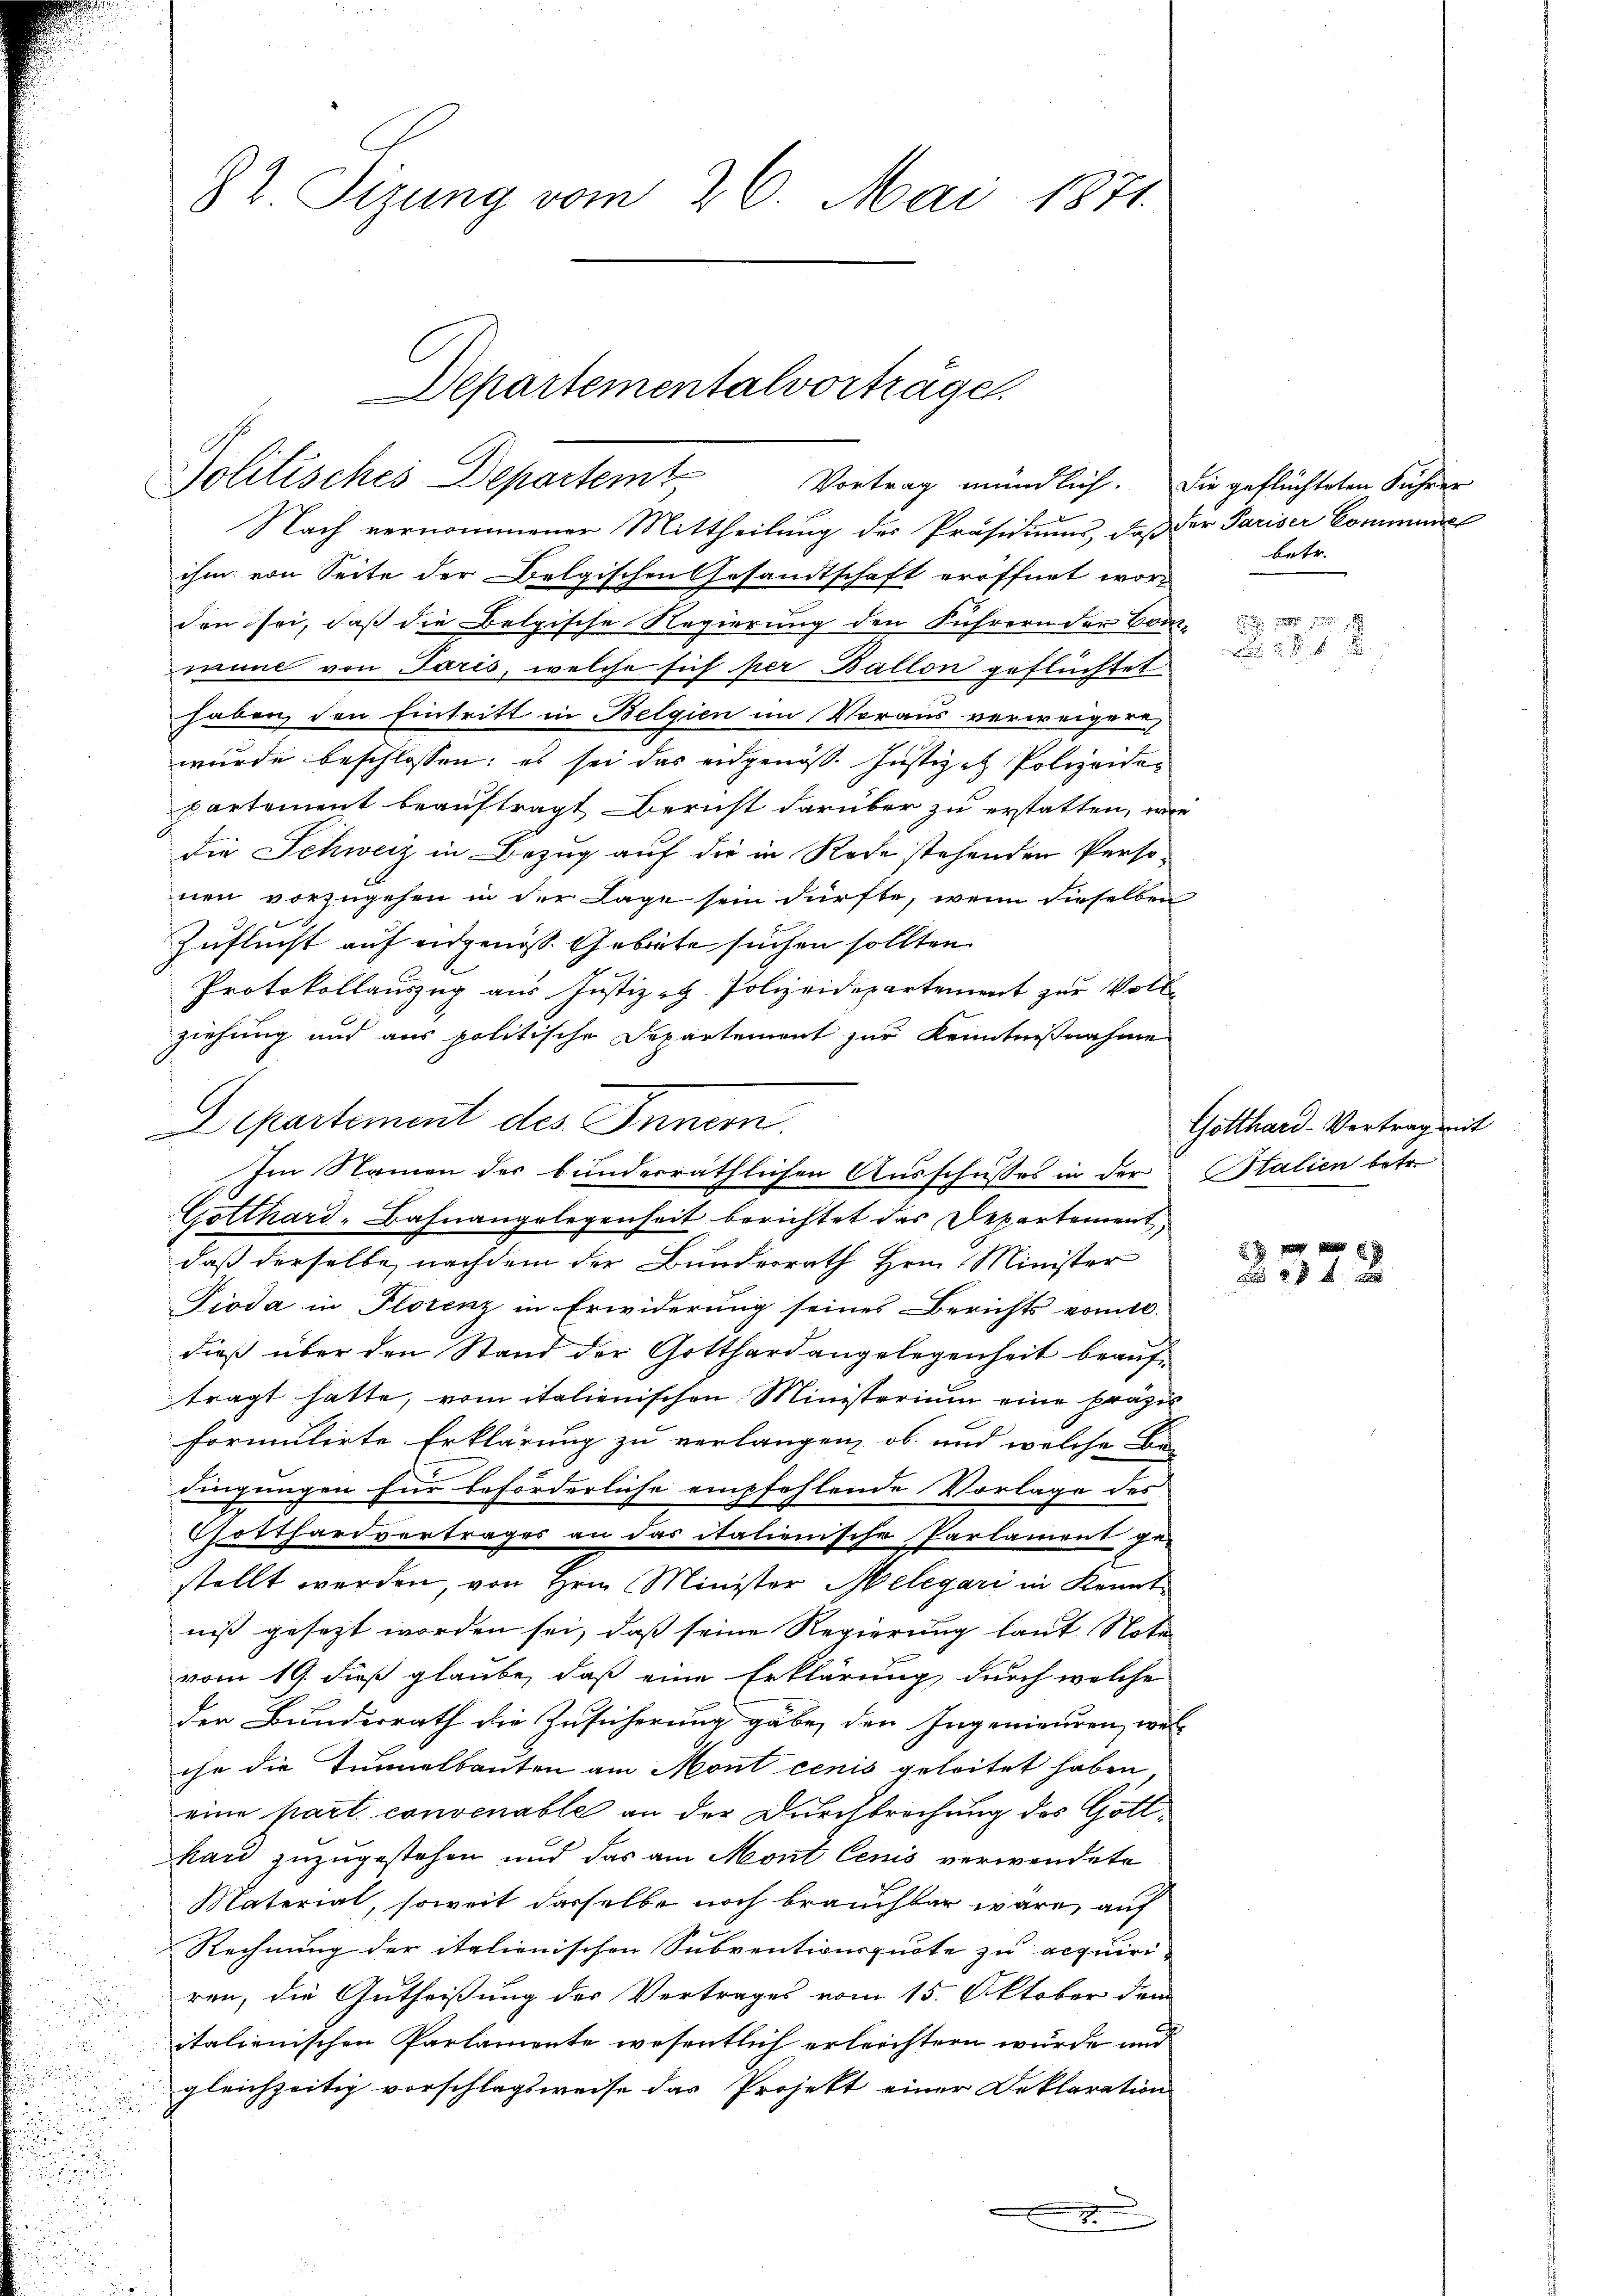
82. Sizung vom 26. Mai 1871

Departementalvorträge.
Politisches Departemt Vortrag mündlich. Die geflüchteten Führer

Nach vernommener Mittheilung des Präsidiums, daß der Pariser Communge
ihm von Seite der Belgischen Gesandtschaft eröffnet worden sei, daß die Belgische Regierung den Führern der Com-
mune von Paris, welche sich per Ballon geflüchtet
haben den Eintritt in Belgien im Voraus verweigern,
wurde beschlossen: es sei das eidgenöß. Justiz- Polizeidepartement beauftragt Bericht darüber zu erstatten, wie
die Schweiz in Bezug auf die in Rede stehenden Personen vorzugehen in der Lage sein dürfte, wenn dieselben
Zuflucht auf eidgenöss. Gebiete suchen sollten.
Protokollauszug aus Justiz - Polizeidepartement zur Vollziehung und aus politische Departement zur Kenntnißnahme
Departement des Innern.
Gotthard-Bahnangelegenheit berichtet das Departement,
daß derselbe nachdem der Bunderrath Hrn. Minister
Pioda in Florenz in Erwiderung seines Berichts vom 10.
dieß über den Stand der Gotthardangelegenheit beauftragt hatte, vom italienischen Ministerium eine präzil
formulirte Erklärung zu verlangen, ob und welche Be-
Lingungen für beförderliche empfehlende Vorlage des
Potthardvertrages an das itationische Parlament ge-
stellt werden, von Hrn. Minister Melegari in Kenntniß gesezt worden sei, daß seine Regierung laut Nota
vom 19. dieß glaube, daß eine Erklärung durch welche
der Bunderrath die Zusicherung gäbe, den Ingenieuren, wel-
che die Tunnelbauten am Mont cenis geleitet haben
eine part. convenable an der Durchbrechung des Gottkard zuzugestehen und das am Mont lenis verwendete
Material, soweit dasselbe noch brauchbar wäre, auf
Rechnung der italienischen Subventionsquote zu acquiri-
ren, die Gutheißung des Vertrages vom 15. Oktober dem
italienischen Parlamente wesentlich erleichtern wurde und
gleichzeitig vorschlagsweise das Projekt einer Deklaration
i
u

Im Namen des bunderräthlichen Ausschusses in der

betr.

d

. 1889 Juni 1

Gotthard-Vertrag mit
Stalien betr

8 f 0 x